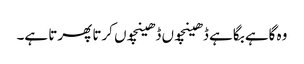
وہ گاہے بگاہے ڈھینچوں ڈھینچوں کرتا پھرتا ہے۔